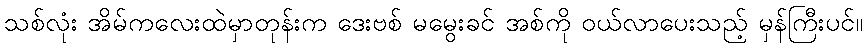
သစ်လုံး အိမ်ကလေးထဲမှာတုန်းက ဒေးဗစ် မမွေးခင် အစ်ကို ဝယ်လာပေးသည့် မှန်ကြီးပင်။